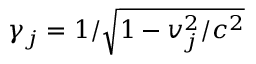
\gamma _ { j } = 1 / \sqrt { 1 - v _ { j } ^ { 2 } / c ^ { 2 } }